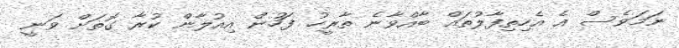
ނަމަވެސް އެ އެހިތިފާލުތައް ބާއްވާނެ ތާރީހު ފަހުން އިއުލާން ކުރާ ގޮތަށް ވަނީ